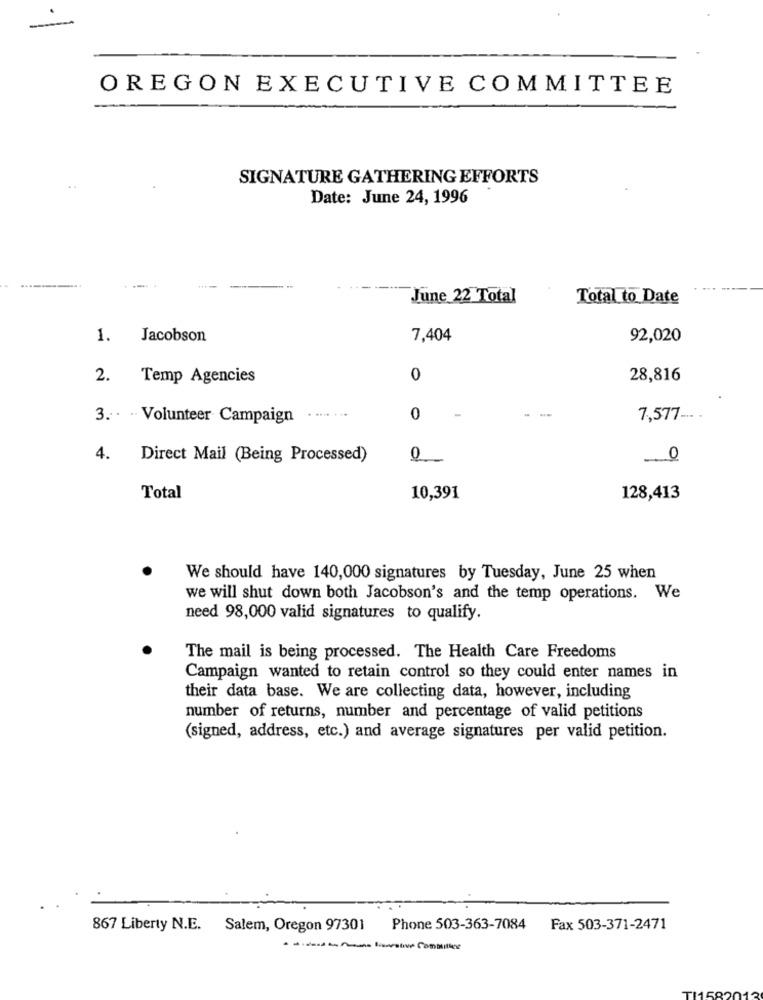
OREGON EXECUTIVE COMMITTEE
SIGNATURE GATHERING EFFORTS
Date: June 24, 1996
....
June 22 Total
Total to Date
1.
Jacobson
7,404
92,020
2.
Temp Agencies
0
28,816
3 .. . Volunteer Campaign
........
0
7,577 -.. .
4.
Direct Mail (Being Processed)
0
0
Total
10,391
128,413
We should have 140,000 signatures by Tuesday, June 25 when
we will shut down both Jacobson's and the temp operations. We
need 98,000 valid signatures to qualify.
The mail is being processed. The Health Care Freedoms
Campaign wanted to retain control so they could enter names in
their data base. We are collecting data, however, including
number of returns, number and percentage of valid petitions
(signed, address, etc.) and average signatures per valid petition.
867 Liberty N.E. Salem, Oregon 97301
Phone 503-363-7084
Fax 503-371-2471